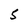
Character: 5